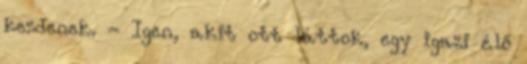
kezdenek. - Igen, akit ott láttok, egy igazi élő